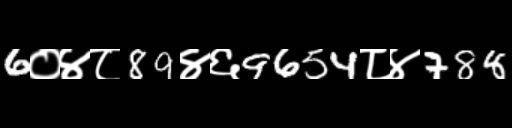
Text: 6०४८89४६9654८४788